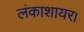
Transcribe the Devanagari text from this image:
लंकाशायर।